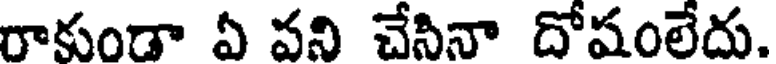
రాకుండా ఏ వని చేసినా దోషంలేదు.